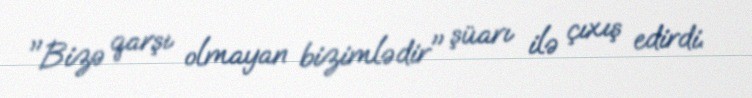
"Bizə qarşı olmayan bizimlədir" şüarı ilə çıxış edirdi.